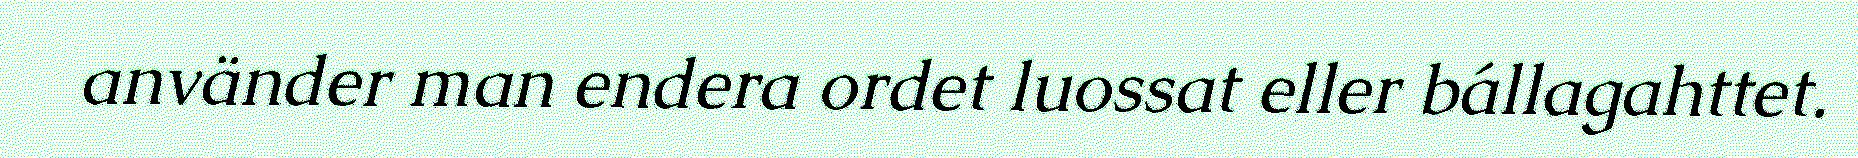
använder man endera ordet luossat eller bállagahttet.